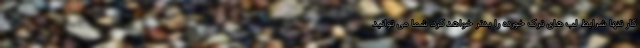
کار تنها شرایط لب های ترک خورده را بدتر خواهد کرد. شما می توانید